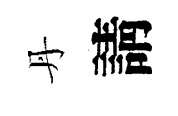
丹請